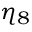
\eta _ { 8 }